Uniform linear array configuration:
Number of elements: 4
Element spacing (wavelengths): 1
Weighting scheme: kaiser
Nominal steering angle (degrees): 60
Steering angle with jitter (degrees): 59.266
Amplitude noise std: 0.05
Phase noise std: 0.05

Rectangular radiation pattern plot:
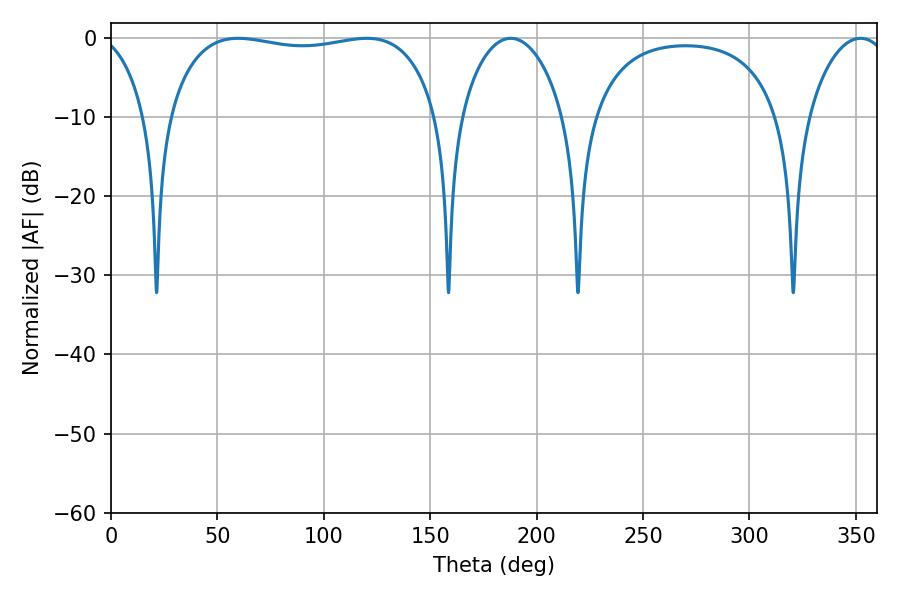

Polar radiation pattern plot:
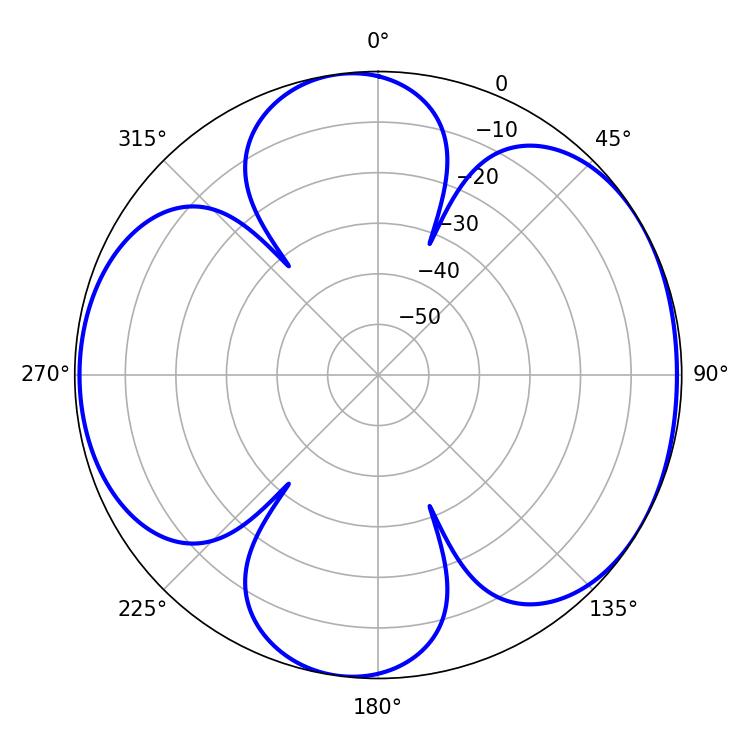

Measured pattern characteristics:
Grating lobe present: TRUE
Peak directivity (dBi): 5.84
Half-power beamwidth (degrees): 102.24
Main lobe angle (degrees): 59.76